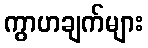
ကွာဟချက်များ